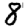
Digit: 8